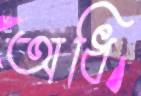
অধি